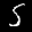
Label: 5